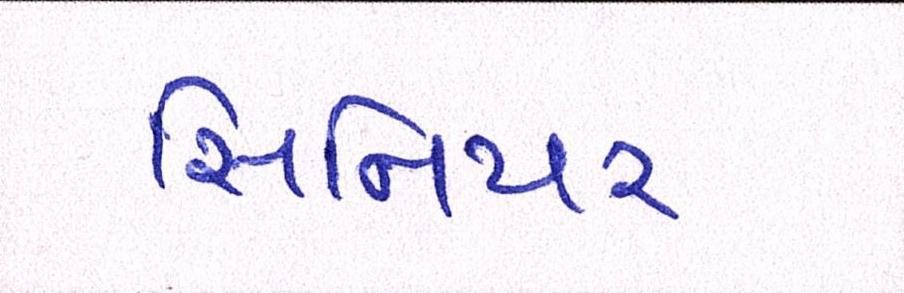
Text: સિનિયર